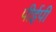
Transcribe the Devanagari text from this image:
पीईपी